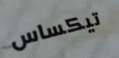
تيكساس